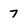
Character: 7